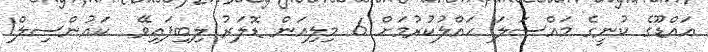
އައްޑޫގެ ކުނީގެ މައްސަލަ ހައްލުކުރުމަށް 6 މިލިއަން ޑޮލަރު ލިބިފައިވޭ  ކައުންސިލް1